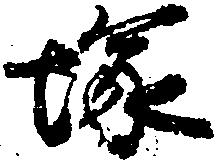
塚